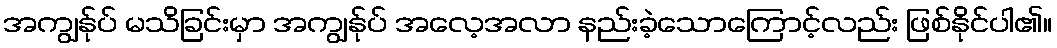
အကျွန်ုပ် မသိခြင်းမှာ အကျွန်ုပ် အလေ့အလာ နည်းခဲ့သောကြောင့်လည်း ဖြစ်နိုင်ပါ၏။